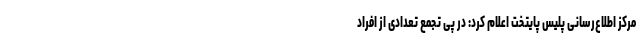
مرکز اطلاع‌رسانی پلیس پایتخت اعلام کرد: در پی تجمع تعدادی از افراد